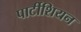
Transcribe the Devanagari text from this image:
पार्टीशियन